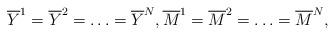
LaTeX: \begin{align*}\overline{Y}^1=\overline{Y}^2=\ldots=\overline{Y}^N,\overline{M}^1=\overline{M}^2=\ldots=\overline{M}^N,\end{align*}